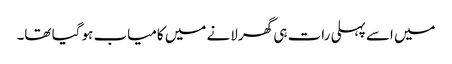
میں اسے پہلی رات ہی گھر لانے میں کامیاب ہو گیا تھا۔